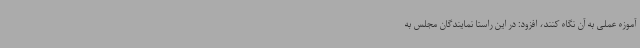
آموزه عملی به آن نگاه کنند، افزود: در این راستا نمایندگان مجلس به